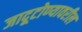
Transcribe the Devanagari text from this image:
जादूटोण्यावरील